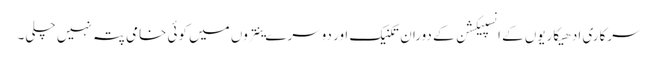
سرکاری ادھیکاریوں کے انسپیکشن کے دوران تکنیک اور دوسرے ینتروں میں کوئی خامی پتہ نہیں چلی۔